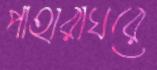
পাহারাঘরে